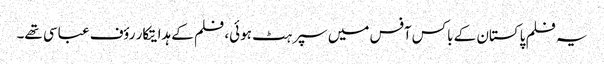
یہ فلم پاکستان کے باکس آفس میں سپر ہٹ ہوئی، فلم کے ہدایتکار رؤف عباسی تھے۔